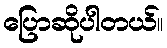
ပြောဆိုပါတယ်။